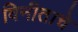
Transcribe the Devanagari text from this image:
विनीताचे